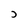
Character: D